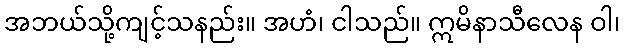
အဘယ်သို့ကျင့်သနည်း။ အဟံ၊ ငါသည်။ ဣမိနာသီလေန ဝါ၊